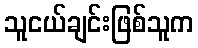
သူငယ်ချင်းဖြစ်သူက